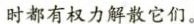
时都有权力解散它们。